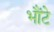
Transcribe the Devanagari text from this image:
भौंटे